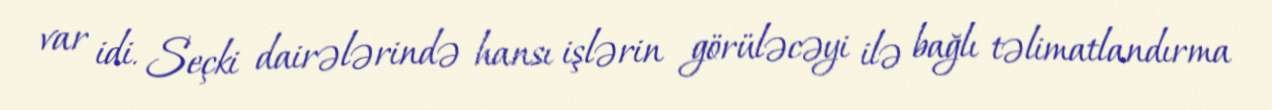
var idi. Seçki dairələrində hansı işlərin görüləcəyi ilə bağlı təlimatlandırma